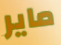
ماير